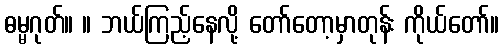
ဓမ္မဂုတ်။ ။ ဘယ်ကြည့်နေလို့ တော်တော့မှာတုန်း ကိုယ်တော်။